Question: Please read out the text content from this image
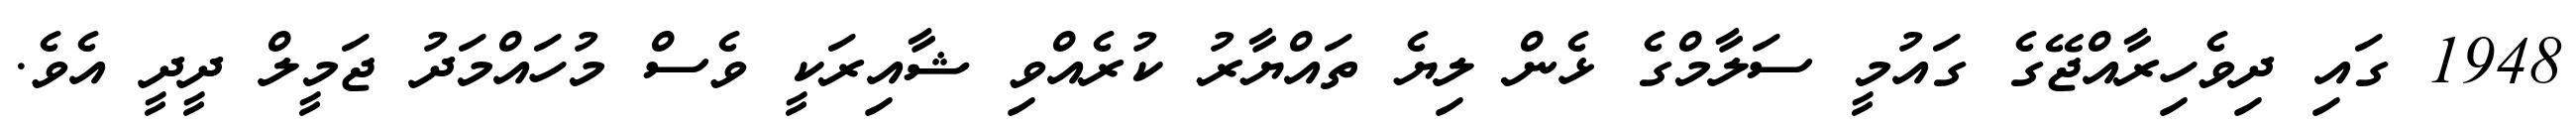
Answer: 1948 ގައި ދިވެހިރާއްޖޭގެ ގައުމީ ސަލާމްގެ ޅެން ލިޔެ ތައްޔާރު ކުރެއްވި ޝާއިރަކީ ވެސް މުހައްމަދު ޖަމީލް ދީދީ އެވެ.